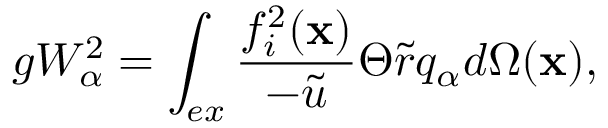
g W _ { \alpha } ^ { 2 } = \int _ { e x } \frac { f _ { i } ^ { 2 } ( \mathbf { x } ) } { - \tilde { u } } \Theta \tilde { r } q _ { \alpha } d \Omega ( \mathbf { x } ) ,